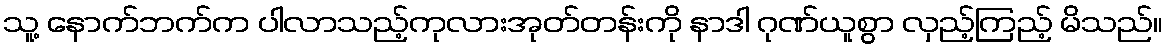
သူ့ နောက်ဘက်က ပါလာသည့်ကုလားအုတ်တန်းကို နာဒါ ဂုဏ်ယူစွာ လှည့်ကြည့် မိသည်။